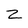
Character: Z